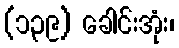
(၁၃၉) ခေါင်းအုံး၊